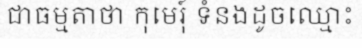
ជាធម្មតាថា កុមេរុ៍ ទំនងដូចឈ្មោះ